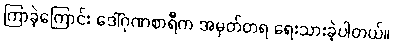
ကြာခဲ့ကြောင်း ဒေါ်ဂုဏစာရီက အမှတ်တရ ရေးသားခဲ့ပါတယ်။